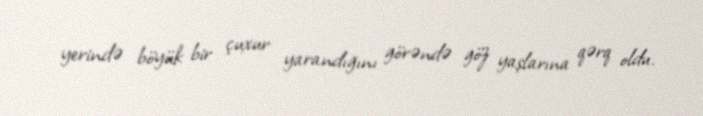
yerində böyük bir çuxur yarandığını görəndə göz yaşlarına qərq oldu.